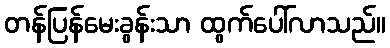
တန်ပြန်မေးခွန်းသာ ထွက်ပေါ်လာသည်။